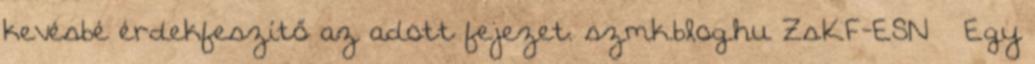
kevésbé érdekfeszítő az adott fejezet. szmk.blog.hu ZsKF-ESN – Egy